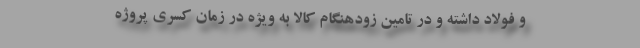
و فولاد داشته و در تامین زودهنگام کالا به ویژه در زمان کسری پروژه